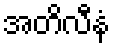
အတိလီနံ